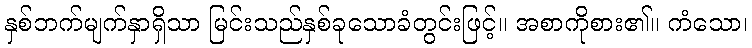
နှစ်ဘက်မျက်နှာရှိသာ မြင်းသည်နှစ်ခုသောခံတွင်းဖြင့်။ အစာကိုစား၏။ ကံသော၊